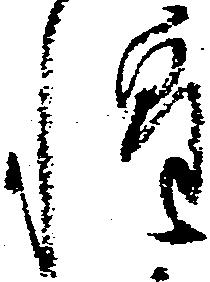
惶